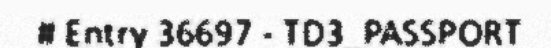
# Entry 36697 - TD3_PASSPORT